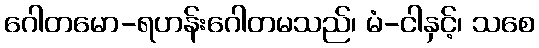
ဂေါတမော-ရဟန်းဂေါတမသည်၊ မံ-ငါနှင့်၊ သစေ